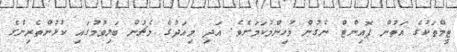
ޓީމްތަކުގެ އަތުން ޕޮއިންޓް ނެގުން މުހިންމުކަމަށެވެ. އަދި މިއަދުގެ މެޗުން ބަލިވުމުގައި ކުޅުންތެރިންގެ